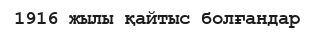
1916 жылы қайтыс болғандар